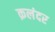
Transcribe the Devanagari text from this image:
क़लंदर